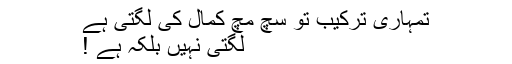
تمہاری ترکیب تو سچ مچ کمال کی لگتی ہے
لگتی نہیں بلکہ ہے !